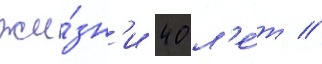
жи́зн'и 40 л'е́т //